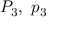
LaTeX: P _ { 3 } , \ p _ { 3 }